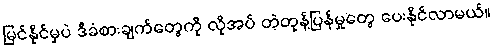
မြင်နိုင်မှပဲ ဒီခံစားချက်တွေကို လိုအပ် တဲ့တုန့်ပြန်မှုတွေ ပေးနိုင်လာမယ်။